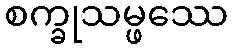
စက္ခုသမ္ဖဿေ